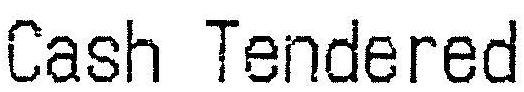
CASH TENDERED